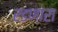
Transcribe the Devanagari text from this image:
रडणारा